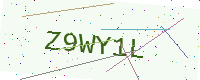
Text: Z9WY1L